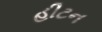
હીટન